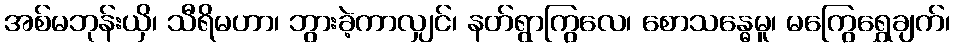
အစ်မဘုန်းယှိ၊ သီရိမဟာ၊ ဘွားခဲ့ကာလျှင်၊ နတ်ရွာကြွလေ၊ စောသန္ဓေမူ၊ မကြွေရွှေချက်၊